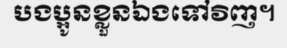
បងប្អូនខ្លួនឯងទៅវិញ។